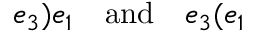
e _ { 3 } \mathbf { ) } e _ { 1 } \quad \mathrm { a n d } \quad e _ { 3 } \mathbf { ( } e _ { 1 }